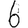
Digit: 6